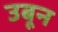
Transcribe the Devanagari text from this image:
उबून